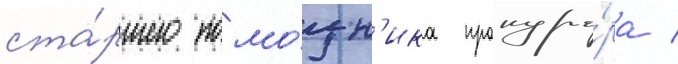
ста́ршего помо́щн'ика прокуро́ра /